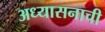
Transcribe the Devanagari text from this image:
अध्यासनाची